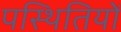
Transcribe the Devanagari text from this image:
पस्थितियों